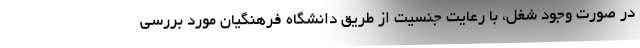
در صورت وجود شغل، با رعایت جنسیت از طریق دانشگاه فرهنگیان مورد بررسی